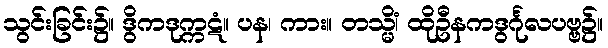
သွင်းခြင်း၌။ ဒွိကဒုက္ကဋံ။ ပန၊ ကား။ တသ္မိံ၊ ထိုဦနကဒွင်္ဂုလပဗ္ဗ၌။